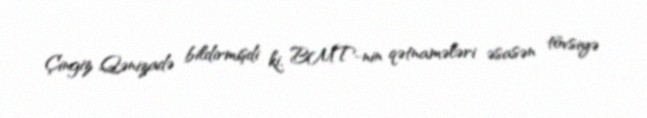
Çingiz Qənizadə bildirmişdi ki, BMT-nin qətnamələri əsasən tövsiyə